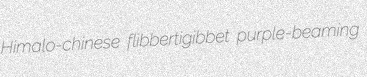
Himalo-chinese flibbertigibbet purple-beaming